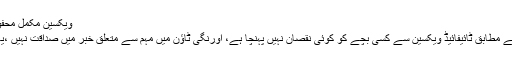
ویکسین مکمل محفوظ ہے اور نقصان نہیں پہنچا سکتی، پروجیکٹ ڈائریکٹر
پراجیکٹ ڈائریکٹر ویکسین پروگرام ڈاکٹر اکرام سلطان کے مطابق ٹائیفائیڈ ویکسین سے کسی بچے کو کوئی نقصان نہیں پہنچا ہے، اورنگی ٹاؤن میں مہم سے متعلق خبر میں صداقت نہیں ،یہ ویکسین مکمل محفوظ ہے اور نقصان نہیں پہنچا سکتی۔